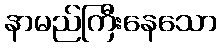
နာမည်ကြီးနေသော